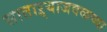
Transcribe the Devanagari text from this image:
साताऱ्याजवळच्या